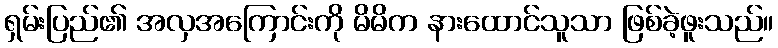
ရှမ်းပြည်၏ အလှအကြောင်းကို မိမိက နားထောင်သူသာ ဖြစ်ခဲ့ဖူးသည်။